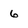
Character: 6